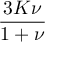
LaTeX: \frac { 3 K \nu } { 1 + \nu }